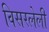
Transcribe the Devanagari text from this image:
विसरलेली